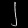
Digit: ၂